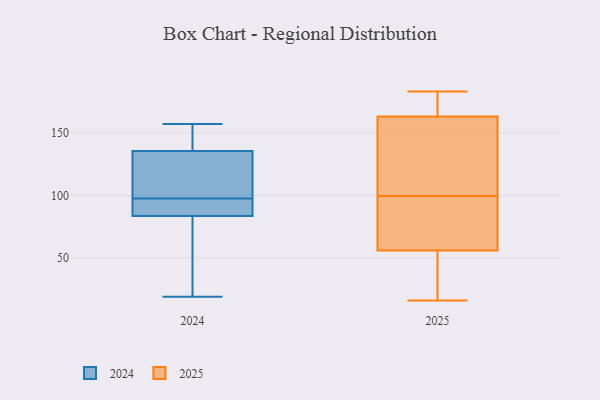
{"axis": {"x": "Temperature (°C)", "y": "Value"}, "legend": ["2024", "2025"], "data": [{"x": "", "y": 98, "type": "2024"}, {"x": "", "y": 84, "type": "2024"}, {"x": "", "y": 75, "type": "2024"}, {"x": "", "y": 132, "type": "2024"}, {"x": "", "y": 157, "type": "2024"}, {"x": "", "y": 109, "type": "2024"}, {"x": "", "y": 157, "type": "2024"}, {"x": "", "y": 83, "type": "2024"}, {"x": "", "y": 85, "type": "2024"}, {"x": "", "y": 19, "type": "2024"}, {"x": "", "y": 97, "type": "2024"}, {"x": "", "y": 139, "type": "2024"}, {"x": "", "y": 160, "type": "2025"}, {"x": "", "y": 163, "type": "2025"}, {"x": "", "y": 163, "type": "2025"}, {"x": "", "y": 79, "type": "2025"}, {"x": "", "y": 162, "type": "2025"}, {"x": "", "y": 29, "type": "2025"}, {"x": "", "y": 174, "type": "2025"}, {"x": "", "y": 166, "type": "2025"}, {"x": "", "y": 110, "type": "2025"}, {"x": "", "y": 66, "type": "2025"}, {"x": "", "y": 83, "type": "2025"}, {"x": "", "y": 89, "type": "2025"}, {"x": "", "y": 46, "type": "2025"}, {"x": "", "y": 20, "type": "2025"}, {"x": "", "y": 140, "type": "2025"}, {"x": "", "y": 175, "type": "2025"}, {"x": "", "y": 16, "type": "2025"}, {"x": "", "y": 83, "type": "2025"}, {"x": "", "y": 183, "type": "2025"}, {"x": "", "y": 36, "type": "2025"}]}